Problem: 16 + 26 = ?
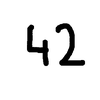
Handwritten answer: 42